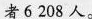
者6208人。